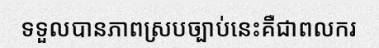
ទទួលបានភាពស្របច្បាប់នេះគឺជាពលករ